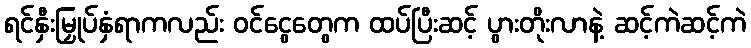
ရင်နှီးမြှုပ်နှံရာကလည်း ဝင်ငွေတွေက ထပ်ပြီးဆင့် ပွားတိုးလာနဲ့ ဆင့်ကဲဆင့်ကဲ